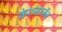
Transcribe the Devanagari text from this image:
केशमार्जन